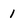
Character: 1